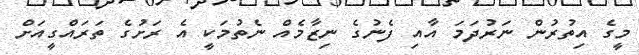
މީގެ އިތުރުން ނަރުދަމަ އާއި ފެނުގެ ނިޒާމެއް ނެތުމަކީ އެ ރަށުގެ ތަރައްގީއަށް